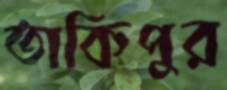
তাকিপুর